画像に写った文字を読んでください
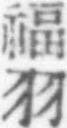
「福羽」と書いてあります